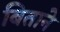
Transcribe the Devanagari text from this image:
बिताने